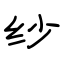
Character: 纱